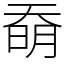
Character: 奣